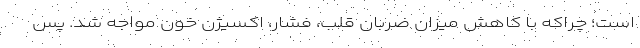
است؛ چراکه با کاهش میزان ضربان قلب، فشار، اکسیژن خون مواجه شد. پس